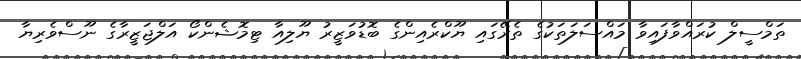
ތަމްސީލް ކުރައްވާފައިވާ މައްސަލަތަކުގެ ތެރޭގައި ޔޫކްރެއިންގެ ބޮޑުވަޒީރު ޔޫލިއާ ޓިމޮޝެންކޯ އަލްޖަޒީރާގެ ނޫސްވެރިޔާ